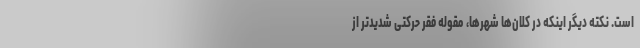
است. نکته دیگر اینکه در کلان‌ها شهرها، مقوله فقر حرکتی شدیدتر از